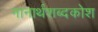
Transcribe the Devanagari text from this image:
नानार्थशब्दकोश